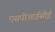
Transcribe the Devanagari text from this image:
एसपीआईसीई